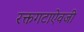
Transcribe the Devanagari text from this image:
रक्तगटाऐवजी